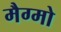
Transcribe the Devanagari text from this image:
मैग्मो